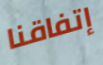
إتفاقنا